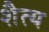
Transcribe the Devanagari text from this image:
शैत्य